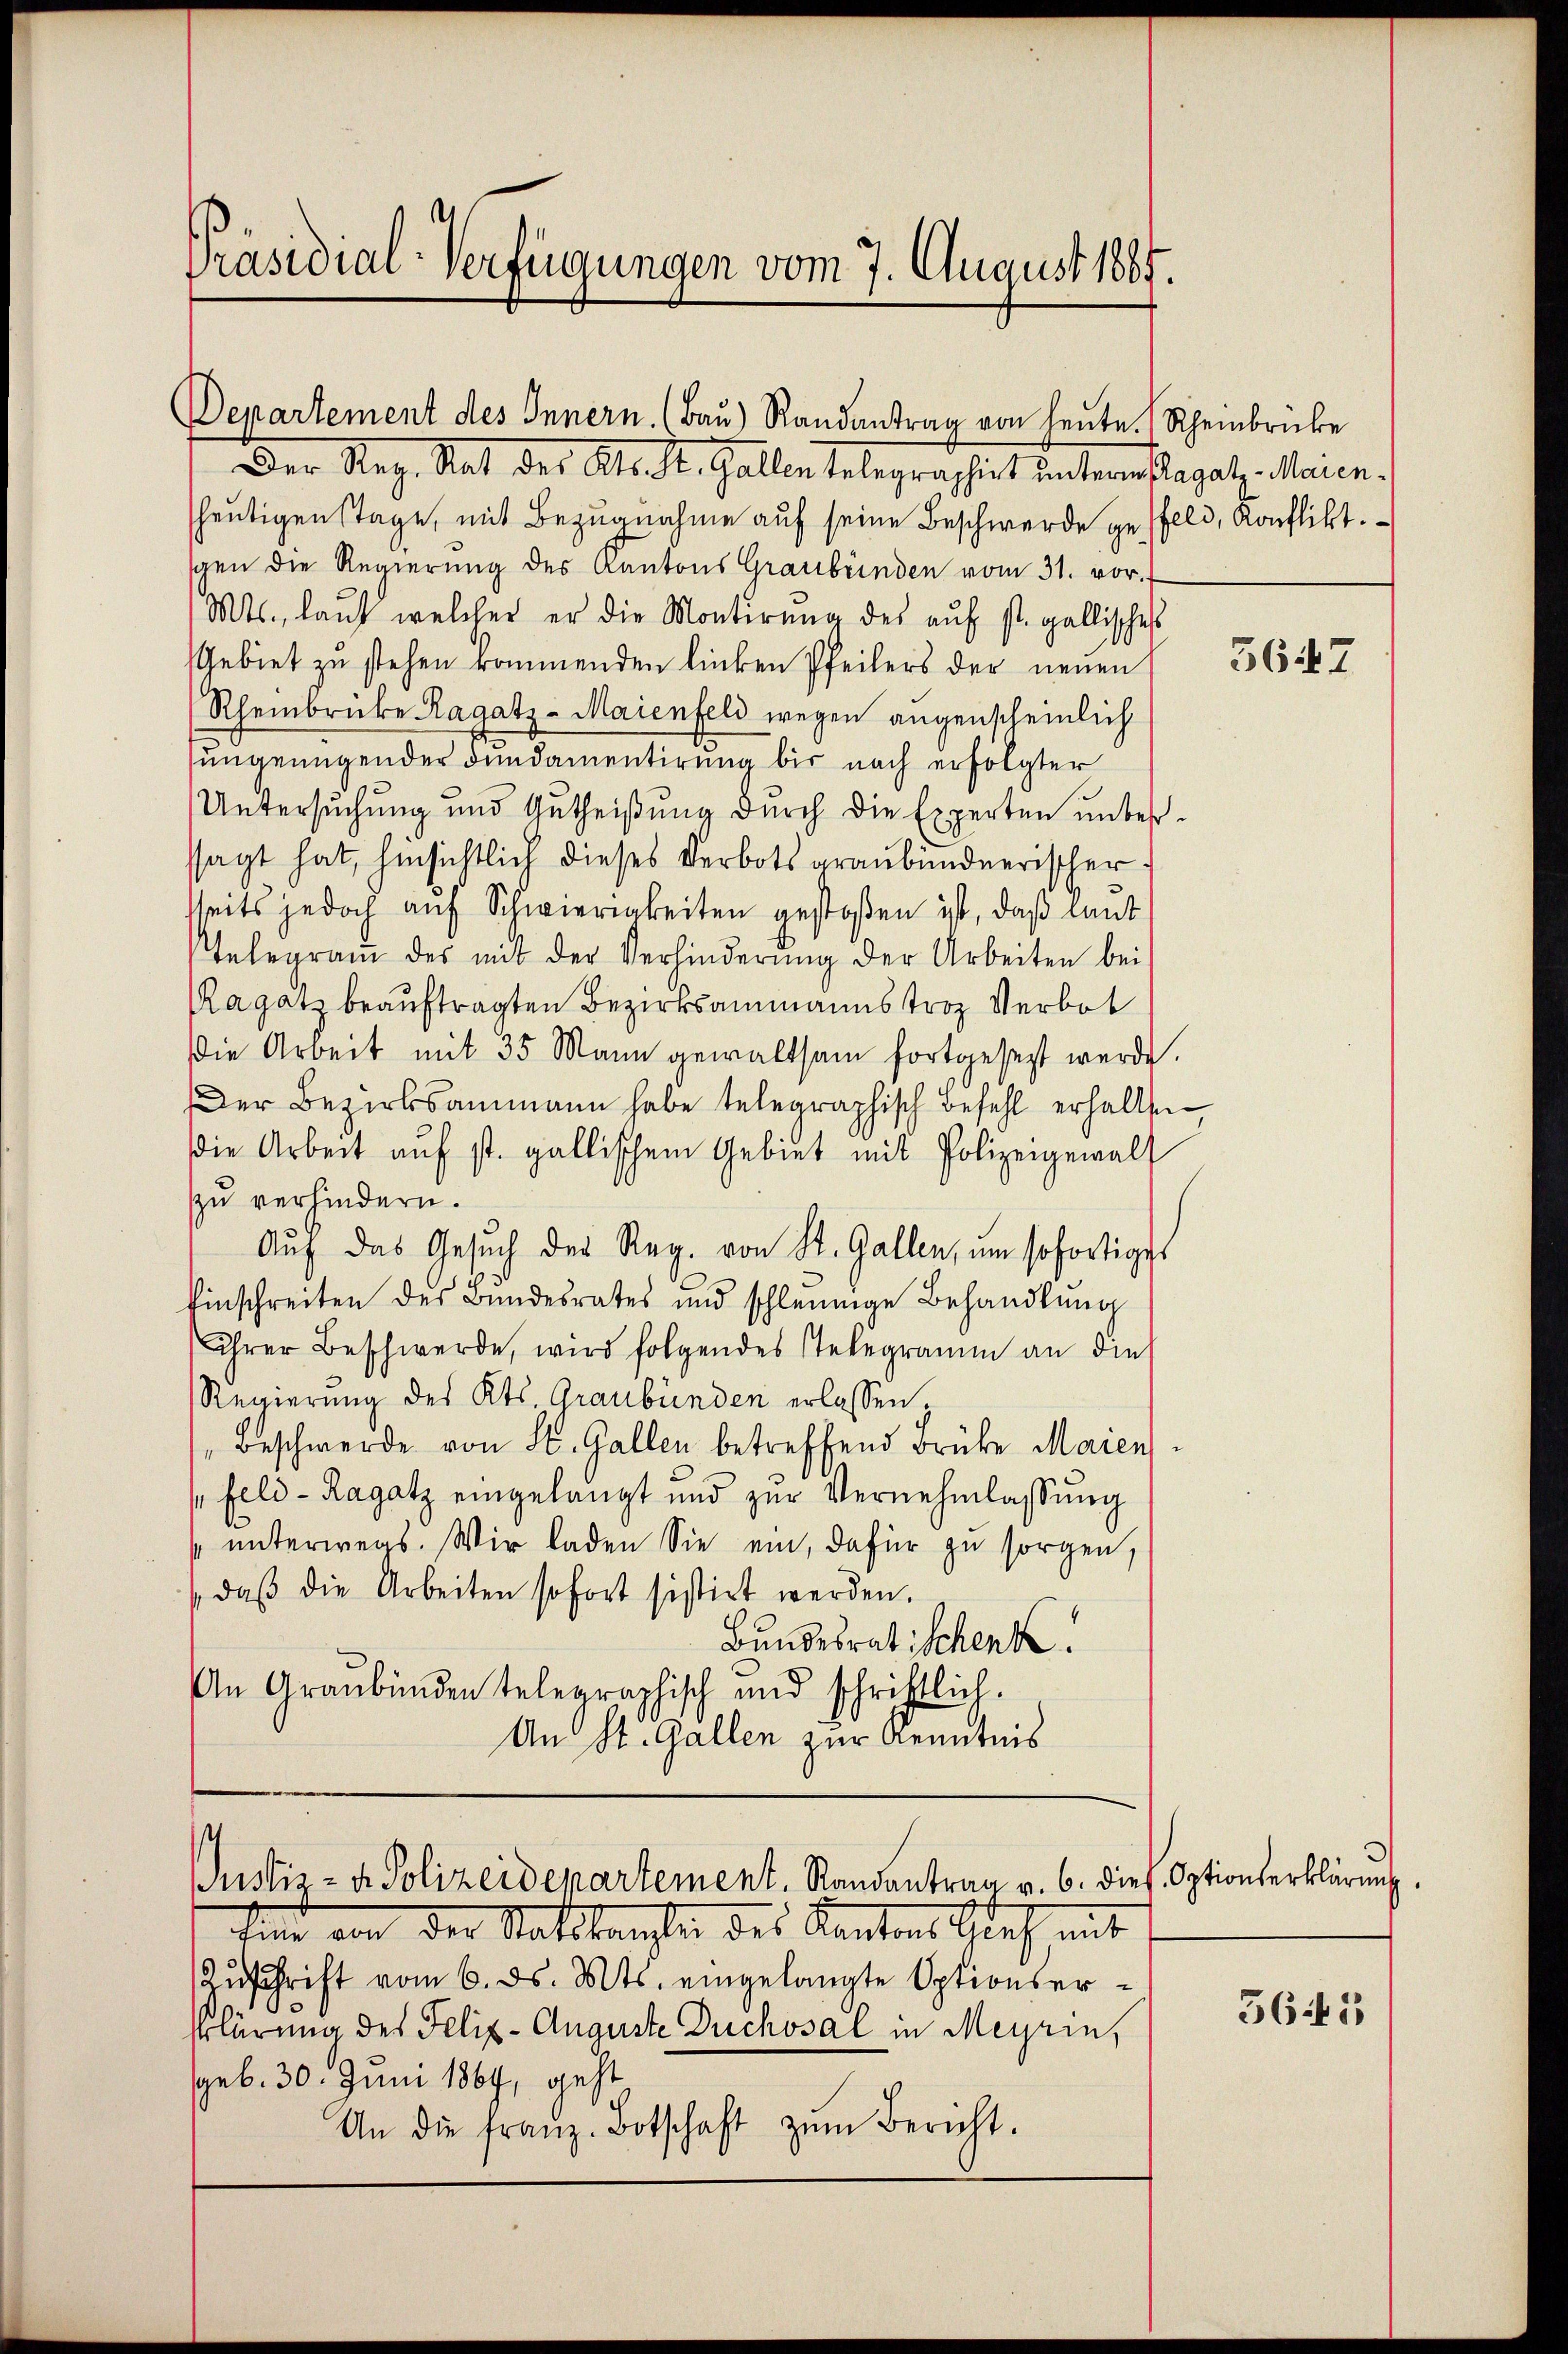
Präsidial-Verfügungen vom 7. August 1887.

Departement des Innern. (Baŭ) Randantrag von heute. (Rheinbrücke

Der Reg. Rat des Kts. St. Gallen telegraphirt unterm lagatz, Maien-
heutigen Stage, mit Bezugnahme auf seine Beschwerde gefeld, Konflikt.
schen die Regierŭng des Kantons Graubünden vom 31. vor.
Mts. laŭf welcher er die Montirŭng des aŭf st. gallisches
Gebiet zu stehen kommenden linken Pfeilers der neuen
Rheinbrücke Ragatz-Maienfeld wegen augenscheinlich
sungenügender Fundamentirung bis nach erfolgter
Untersuchung und Gutheißung durch die Experten unbesssagt hat, hinsichtlich dieses Verbots graubündnerischer.
seits jedoch auf Schwierigkeiten gestoßen ist, daß laut
Telegram des mit der Verhinderŭng der Arbeiten bei
Ragatz beauftragten Bezirksammannstroz Verbot
Die Arbeit mit 35 Mann gewaltsam fortgesezt werde.
Der Bezirksammann habe telegraphisch Befehl erhalten
die Arbeit aŭf st. gallischem Gebiet mit Polizeigewalt
zu verhindern.
Aŭf das Gesŭch der Reg. von St. Gallen, um sofortiges
Einschreiten des Bundesrates und schleunige Behandlung
ihrer Beschwerde, wird folgendes Telegramm an die
Regierung des Kts Graubünden erlassen,
Beschwerde von St. Gallen betreffend Brüke Maien
Feld- Ragatz eingelangt und zŭr Vernehmlassŭng
sunterwegs. Wir laden Sie ein, dafür zu sorgen,
daß die Arbeiten sofort sistirt werden.
Bundesratischenk!
An Graubünden telegraphisch und schriftlich.
An St. Gallen zur Kenntnis

s
Justiz- & Polizeidepartement. Randantrag v. 6. dies. Optionserklärung.

tin von der Stattlangten des Kantons tief mit
Zuschrift vom 6. ds. Mts. eingelangte Optionser¬
Klärung des Felix-Auguste Ducksal in Meyrin,
(geb. 30. Juni 1864, geht
An die franz. Botschaft zŭm Bericht.

5647

5645